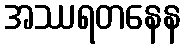
အဿရတနေန